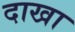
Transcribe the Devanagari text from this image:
दाखा